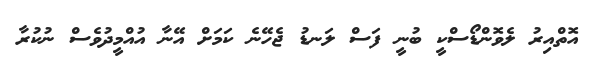
އޮތްއިރު ލެވޮންޑޯސްކީ ބުނީ ފަސް ލަނޑު ޖެހޭނެ ކަމަށް އޭނާ އުއްމީދުވެސް ނުކުރާ